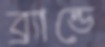
ব্র্যান্ডে